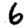
Digit: 6